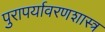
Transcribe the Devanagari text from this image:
पुरापर्यावरणशास्त्र